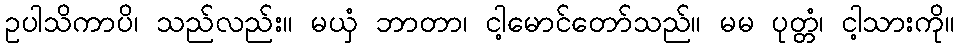
ဥပါသိကာပိ၊ သည်လည်း။ မယှံ ဘာတာ၊ ငါ့မောင်တော်သည်။ မမ ပုတ္တံ၊ ငါ့သားကို။